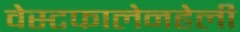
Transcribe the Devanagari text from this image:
वेस्टफालेनहेली